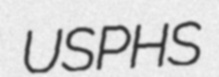
USPHS